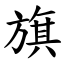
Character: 旗